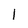
Character: 1